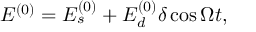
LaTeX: E ^ { ( 0 ) } = E _ { s } ^ { ( 0 ) } + E _ { d } ^ { ( 0 ) } \delta \cos \Omega t ,